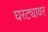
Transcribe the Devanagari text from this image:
घरट्यावर